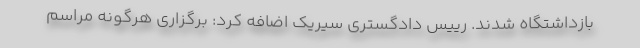
بازداشتگاه شدند. رییس دادگستری سیریک اضافه کرد: برگزاری هرگونه مراسم